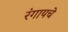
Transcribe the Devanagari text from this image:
रंगायचे